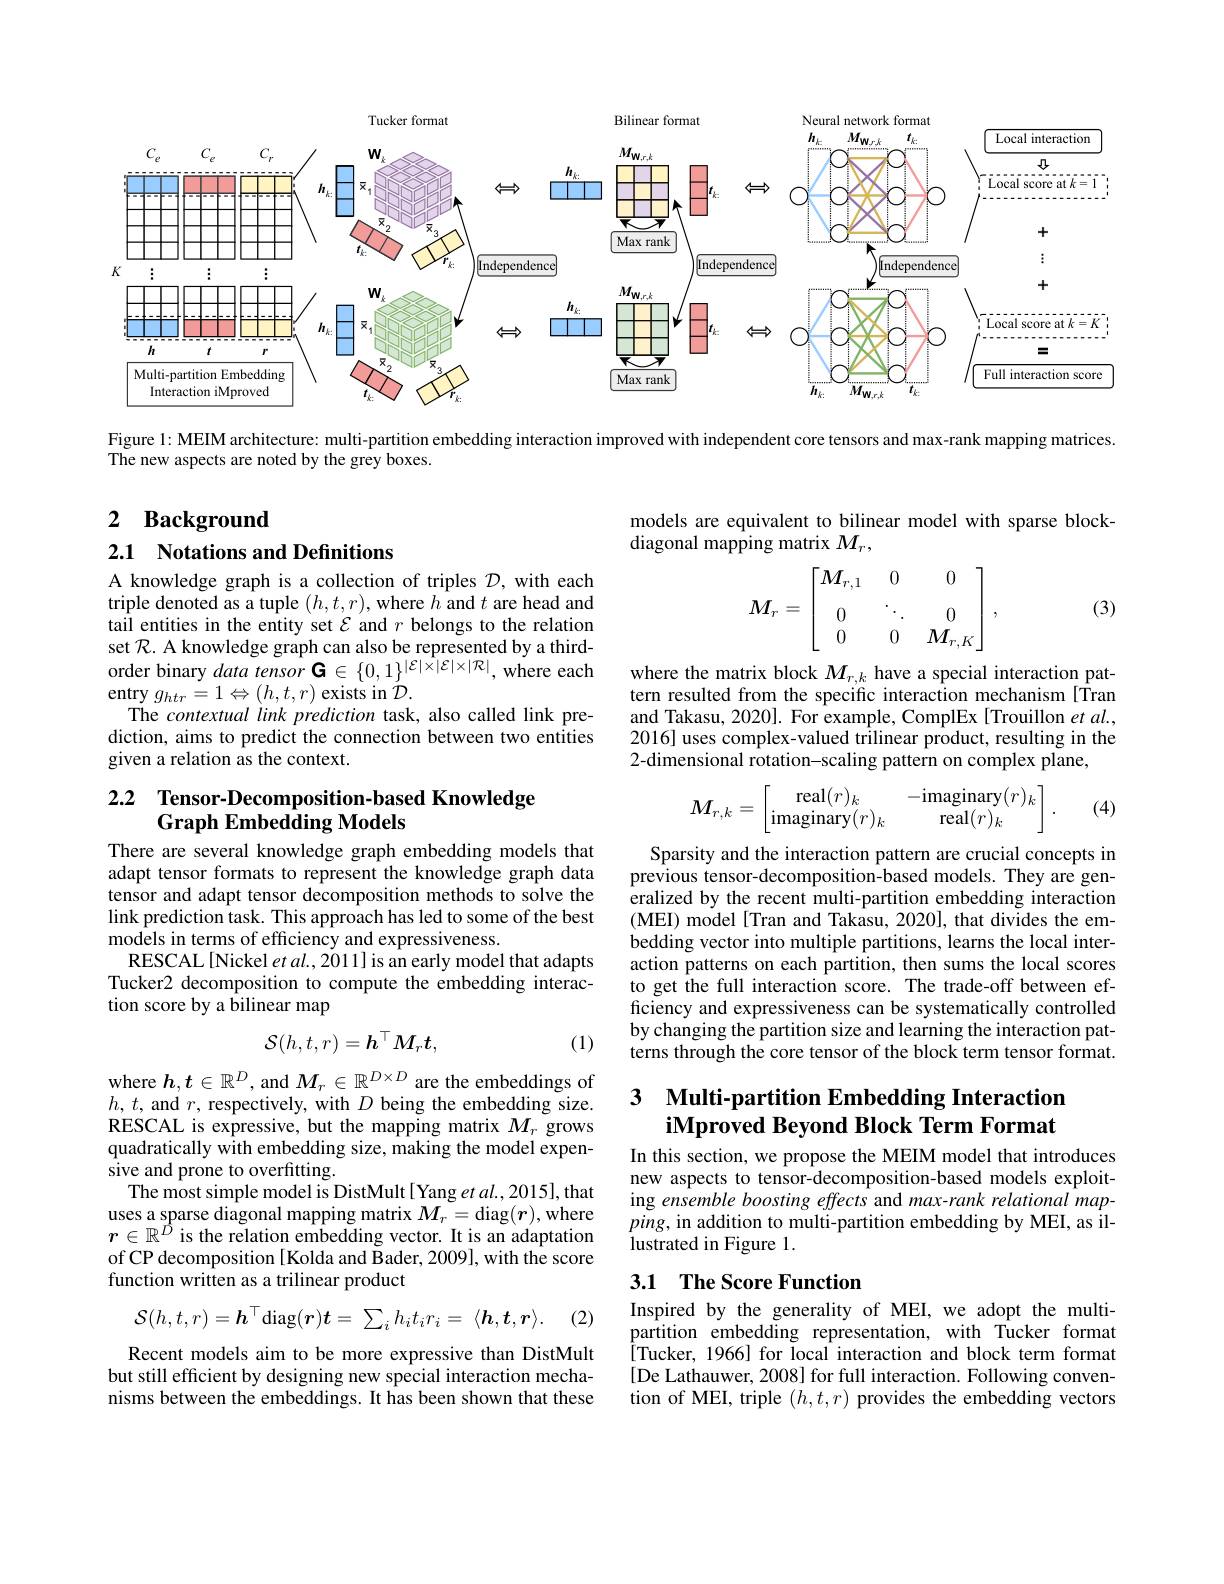
<FigureHere>

Figure 1: MEIM architecture: multi-partition embedding interaction improved with independent core tensors and max-rank mapping matrices.

The new aspects are noted by the grey boxes.

### 2 $\textbf{Background}$

models are equivalent to bilinear model with sparse block-
diagonal mapping matrix $M_r$,

2.1 Notations and Definitions
$$M_r=\begin{bmatrix}M_{r,1}&0&0\\0&\ddots&0\\0&0&M_{r,K}\end{bmatrix},$$
(3)

A knowledge graph is a collection of triples $\mathcal{D}$, with each triple denoted as a tuple $(h,t,r)$,where $h$ and $t$ are head and tail entities in the entity set $\mathcal{E}$ and $r$ belongs to the relation set $\mathcal{R}.$ A knowledge graph can also be represented by a thirdorder binary data tensor G $\in\{0,1\}^|\mathcal{E}|\times|\mathcal{E}|\times|\mathcal{R}|$, where each entry $g_{htr}=1\Leftrightarrow(h,t,r)$ exists in $\mathcal{D}.$
The contextuallinkprediction task, also called link prediction, aims to predict the connection between two entities given a relation as the context.

where the matrix block $M_{r,k}$ have a special interaction pattern resulted from the specific interaction mechanism[Tran and Takasu, 2020]. For example, ComplEx[Trouillon $et\textit{al. , }$ 2016] uses complex-valued trilinear product, resulting in the 2-dimensional rotation-scaling pattern on complex plane,
$$M_{r,k}=\begin{bmatrix}\text{real}(r)_k&-\text{imaginary}(r)_k\\\text{imaginary}(r)_k&\text{real}(r)_k\end{bmatrix}.$$
(4)

## 2.2 Tensor-Decomposition-based Knowledge Graph Embedding Models

There are several knowledge graph embedding models that adapt tensor formats to represent the knowledge graph data tensor and adapt tensor decomposition methods to solve the link prediction task. This approach has led to some of the best models in terms of efficiency and expressiveness.
RESCAL[Nickel et al., 2011] is an early model that adapts Tucker2 decomposition to compute the embedding interaction score by a bilinear map

Sparsity and the interaction pattern are crucial concepts in previous tensor-decomposition-based models. They are generalized by the recent multi-partition embedding interaction (MEI) model[Tran and Takasu, 2020], that divides the embedding vector into multiple partitions, learns the local interaction patterns on each partition, then sums the local scores to get the full interaction score. The trade-off between efficiency and expressiveness can be systematically controlled by changing the partition size and learning the interaction patterns through the core tensor of the block term tensor format.
$$\mathcal{S}(h,t,r)=h^\top M_rt,$$
(1)

### 3 Multi-partition Embedding Interactior iMproved Beyond Block Term Format

where $h,t\in\mathbb{R}^D$, and $M_r\in\mathbb{R}^{D\times D}$ are the embeddings of $h,t$, and $r$, respectively, with $D$ being the embedding size. RESCAL is expressive, but the mapping matrix $M_{r}$ grows quadratically with embedding size, making the model expensive and prone to overfitting.
The most simple model is DistMult[ Yang et al., 2015], that uses a sparse diagonal mapping matrix $M_r=$diag$(\boldsymbol{r})$,where $r\in\mathbb{R}^{\hat{D}}$ is the relation embedding vector. It is an adaptation of CP decomposition [Kolda and Bader, 2009], with the score function written as a trilinear product

In this section, we propose the MEIM model that introduces new aspects to tensor-decomposition-based models exploiting ensemble boosting effects and max-rank relational map- $ping$, in addition to multi-partition embedding by MEI, as illustrated in Figure 1.

## 3.1 The Score Function

(2)
$$\mathcal{S}(h,t,r)=\boldsymbol{h}^\top\mathrm{diag}(\boldsymbol{r})\boldsymbol{t}=\:\sum_ih_it_ir_i=\:\langle\boldsymbol{h},\boldsymbol{t},\boldsymbol{r}\rangle.$$
Inspired by the generality of MEI, we adopt the multipartition embedding representation, with Tucker format [Tucker, 1966] for local interaction and block term format [De Lathauwer, 2008] for full interaction. Following convention of MEI, triple $(h,t,r)$ provides the embedding vectors

Recent models aim to be more expressive than DistMult but still efficient by designing new special interaction mechanisms between the embeddings. It has been shown that these